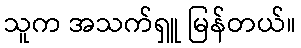
သူက အသက်ရှူ မြန်တယ်။